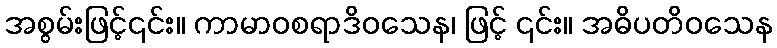
အစွမ်းဖြင့်၎င်း။ ကာမာဝစရာဒိဝသေန၊ ဖြင့် ၎င်း။ အဓိပတိဝသေန